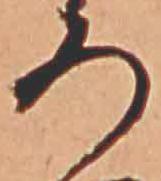
ろ